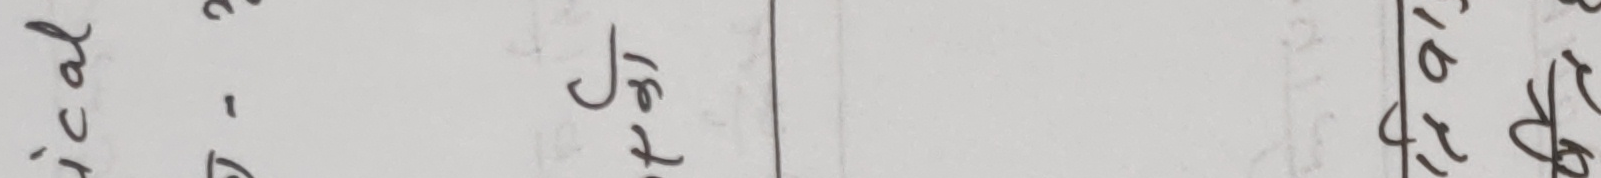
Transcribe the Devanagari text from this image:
इकाई १.१.४ १७.४